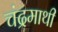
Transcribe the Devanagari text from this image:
चंद्रमाथी